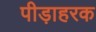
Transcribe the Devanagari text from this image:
पीड़ाहरक